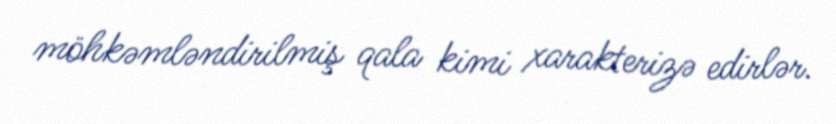
möhkəmləndirilmiş qala kimi xarakterizə edirlər.